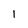
Character: 1